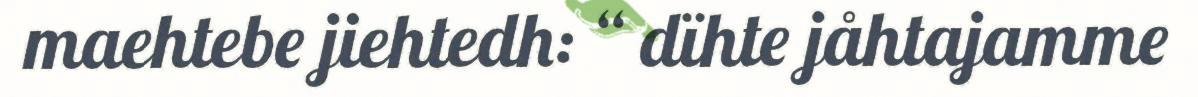
maehtebe jiehtedh: “ dïhte jåhtajamme